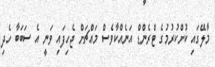
މާލޭގައި ކުށްކުރުމުގެ ޓްރެންޑް އަނެއްކާވެސް މައްޗަށް ޖެހިފައި ވަނީ އެ ސަބަބާ ހެދި